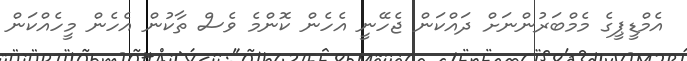
އެމްޑީޕީގެ މެމްބަރުންނަށް ދައްކަން ޖެހޭނީ އެހެން ކޮންމެ ވެސް ތާކުން އެހެން މީހެއްކަން